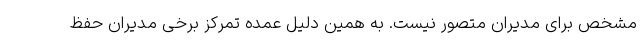
مشخص برای مدیران متصور نیست. به همین دلیل عمده تمرکز برخی مدیران حفظ